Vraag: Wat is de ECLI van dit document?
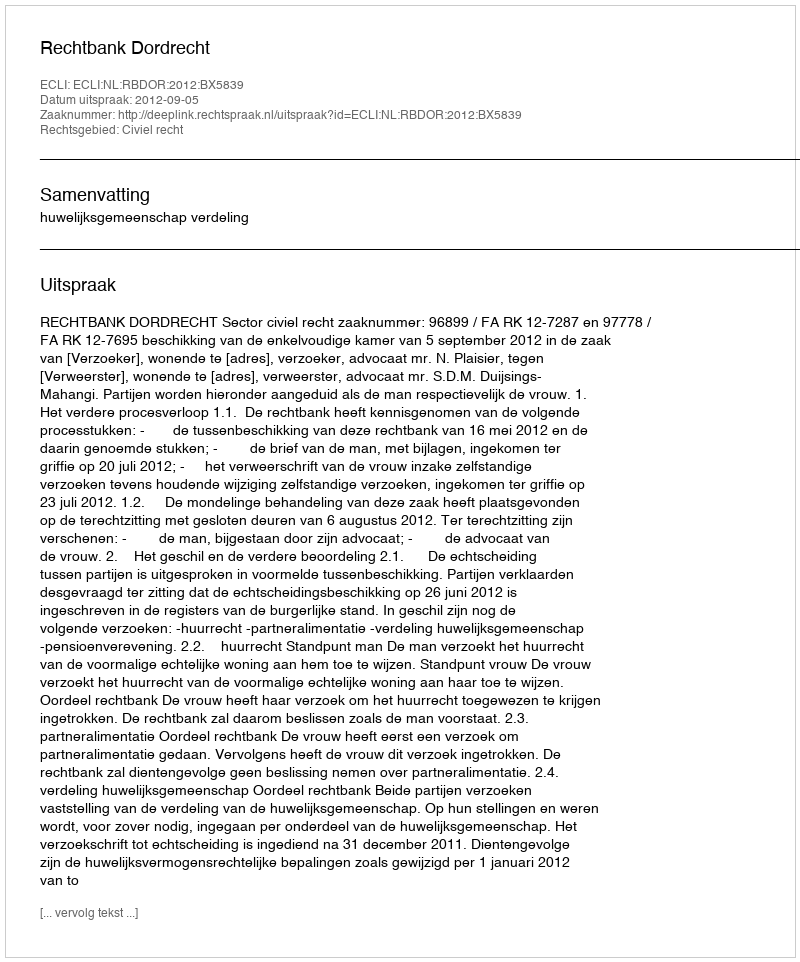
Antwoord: ECLI:NL:RBDOR:2012:BX5839